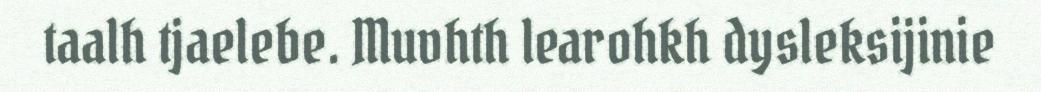
taalh tjaelebe. Muvhth learohkh dysleksijinie